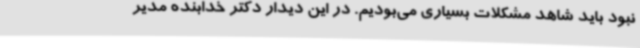
نبود باید شاهد مشکلات بسیاری می‌بودیم. در این دیدار دکتر خدابنده مدیر